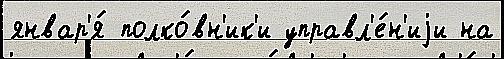
январ'я́ полко́вн'ик'и управл'е́н'иjи на